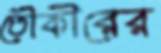
তৌকীরের